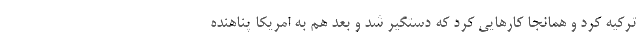
ترکیه کرد و همانجا کارهایی کرد که دستگیر شد و بعد هم به امریکا پناهنده